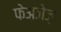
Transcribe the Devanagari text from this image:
फेअजेज़